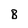
Character: B